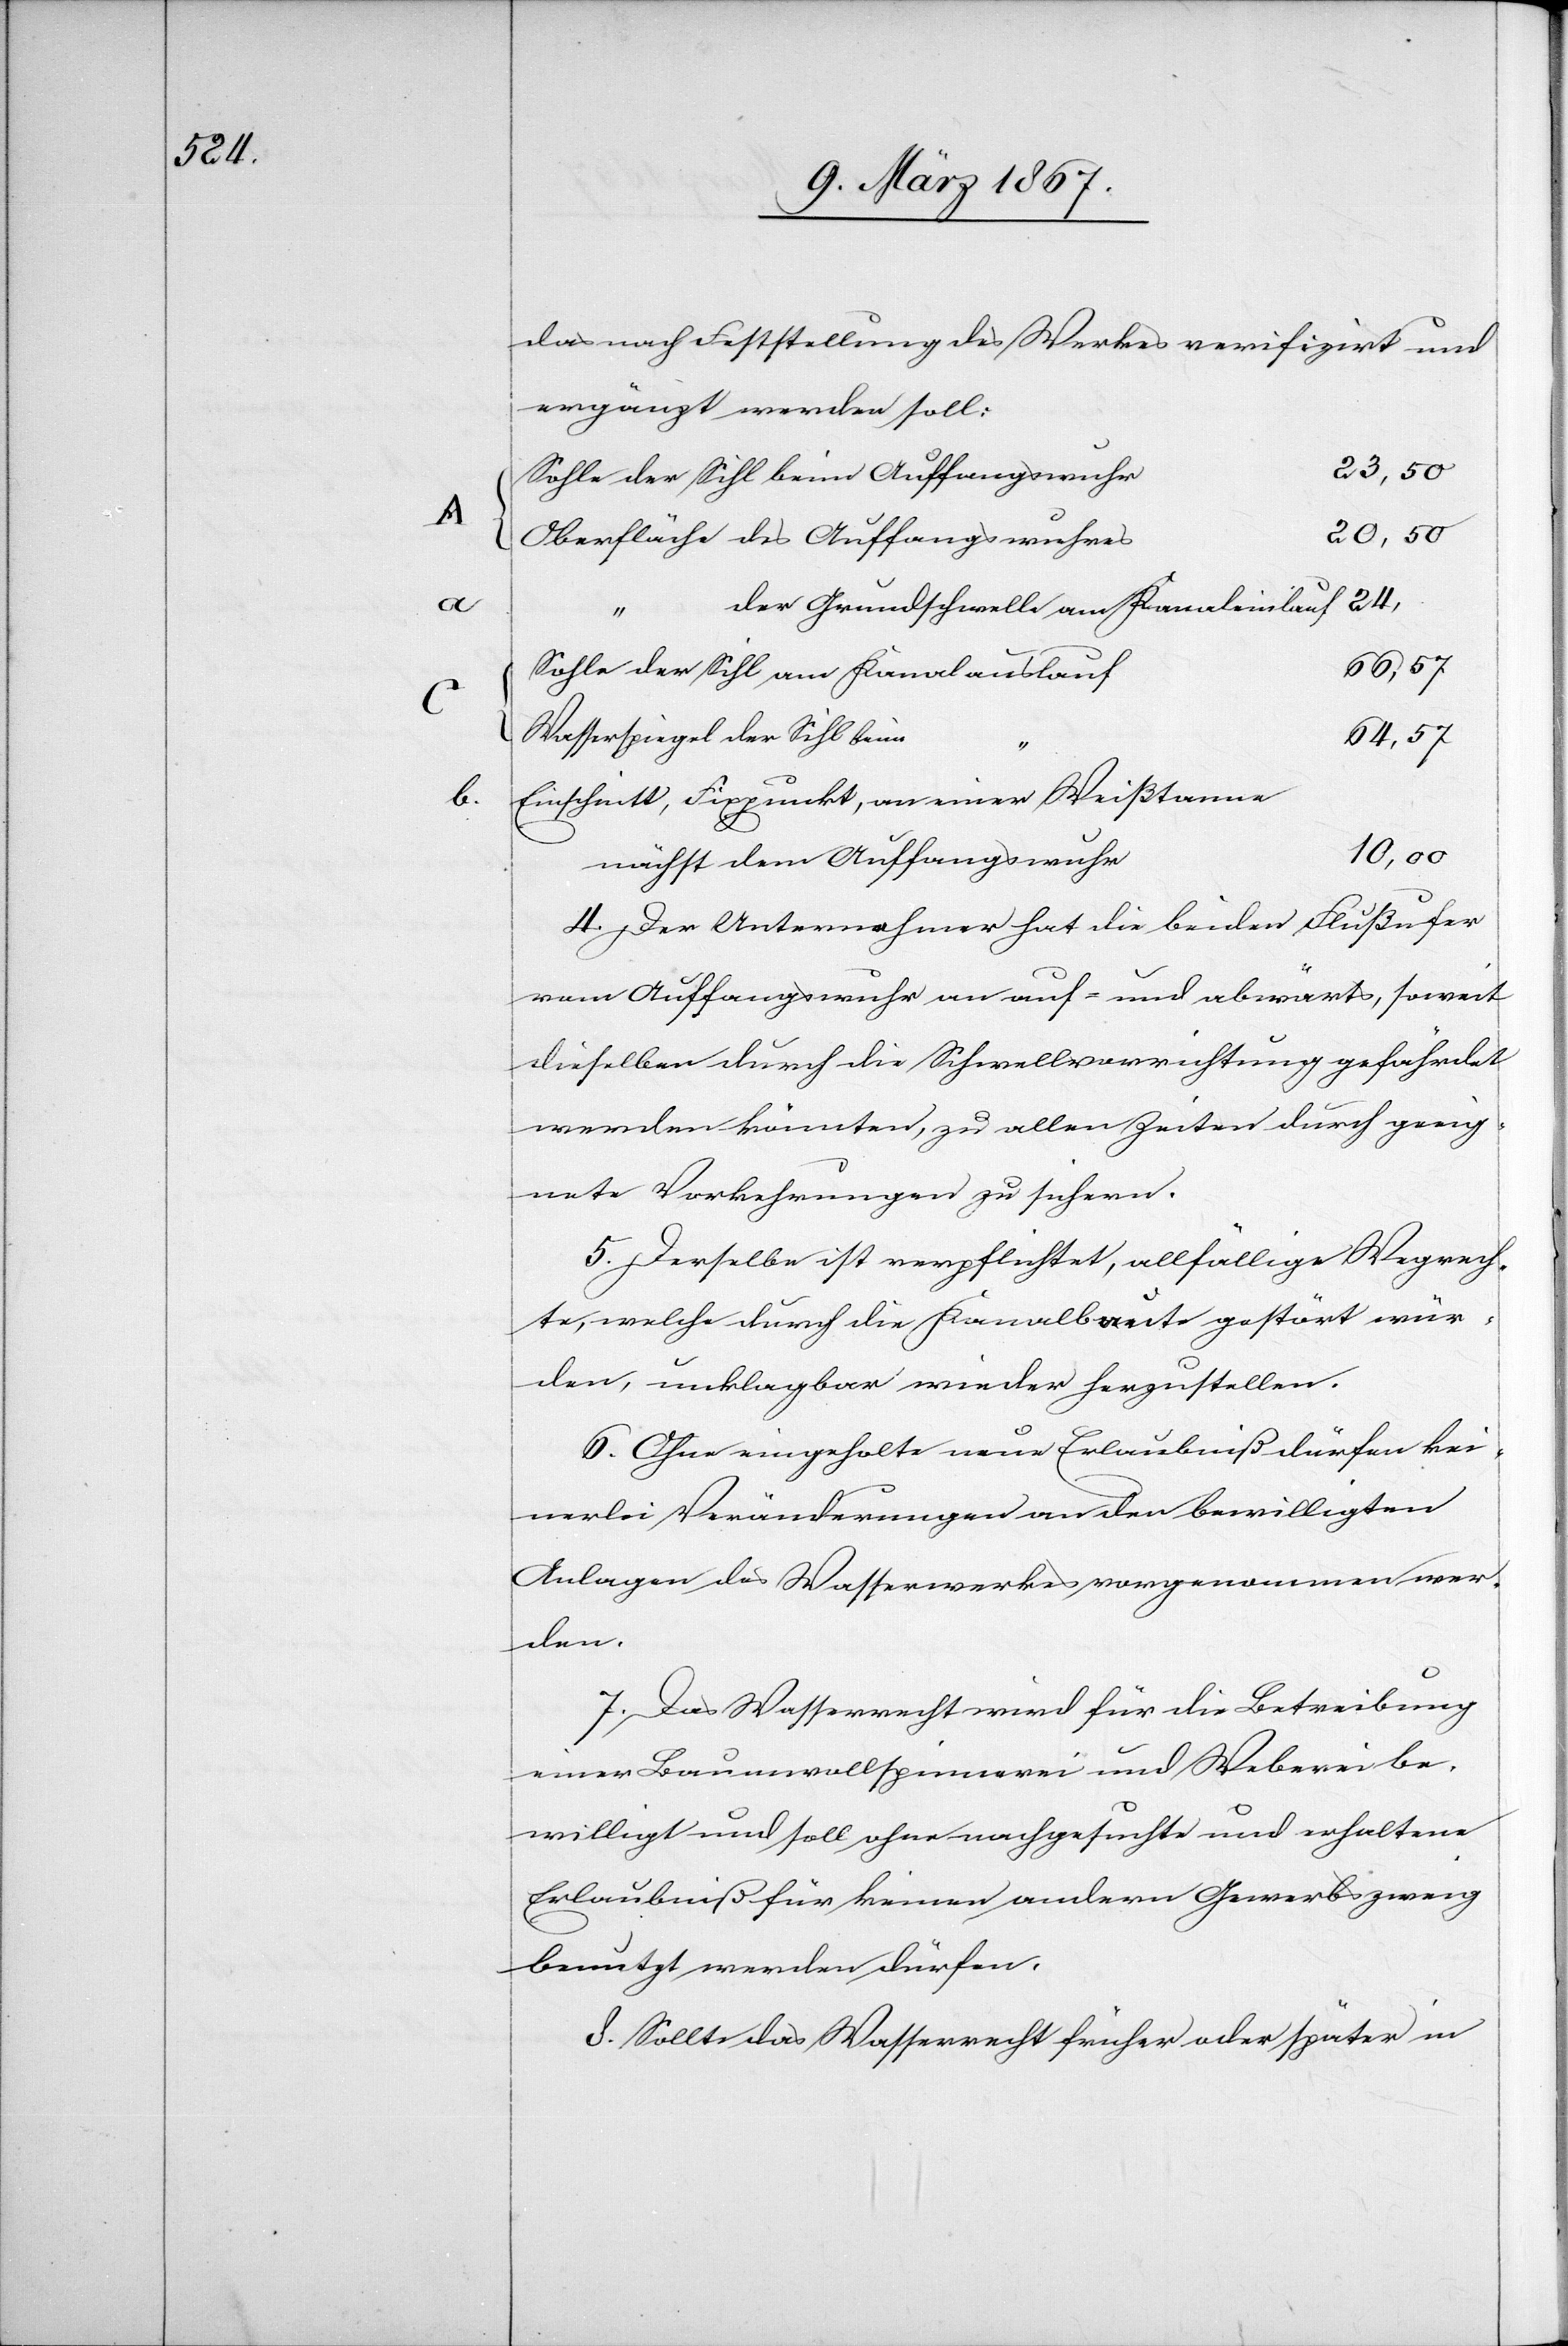
b		E¬
57

das nach Feststellung des Werkes verifizirt und
ergänzt werden soll:
A	Sohle der Sihl beim Auffangswuh¬
Oberfläche des Auffangswuhre¬
der Grundschwelle am Kanaleinlauf	24,
Wasserspiegel der Sihl beim
inschnitt, Fixpunkt, an einer Weißtanne
r				10,
nächst dem Auffangswuh¬
4. Der Unternehmer hat die beiden Flußufer
vom Auffangswuhr an auf- und abwärts, soweit
dieselben durch die Schwellvorrichtung gefährdet
werden könnten, zu allen Zeiten durch geeig¬
nete Vorkehrungen zu sichern.
5. Derselbe ist verpflichtet, allfällige Wegrech¬
te, welche durch die Kanalbaute gestört wür¬
den, unklagbar wieder herzustellen.
6. Ohne eingeholte neue Erlaubniß dürfen kei¬
nerlei Veränderungen an den bewilligten
Anlagen des Wasserwerkes vorgenommen wer¬
den.
7. Das Wasserrecht wird für die Betreibung
einer Baumwollspinnerei und Weberei be¬
willigt und soll ohne nachgesuchte und erhaltene
Erlaubniß für keinen andern Gewerbszweig
benutzt werden dürfen.
8. Sollte das Wasserrecht früher oder später in